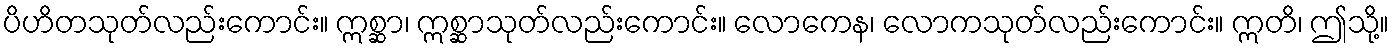
ပိဟိတသုတ်လည်းကောင်း။ ဣစ္ဆာ၊ ဣစ္ဆာသုတ်လည်းကောင်း။ လောကေန၊ လောကသုတ်လည်းကောင်း။ ဣတိ၊ ဤသို့။